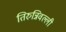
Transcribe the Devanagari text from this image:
तिरुन्निवल्ली